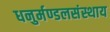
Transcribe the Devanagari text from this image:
धनुर्मण्डलसंस्थाय